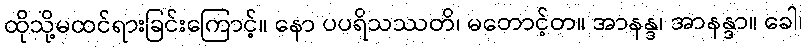
ထိုသို့မထင်ရားခြင်းကြောင့်။ နော ပပရိသဿတိ၊ မတောင့်တ။ အာနန္ဒ၊ အာနန္ဒာ။ ခေါ၊